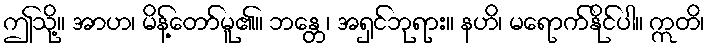
ဤသို့။ အာဟ၊ မိန့်တော်မူ၏။ ဘန္တေ၊ အရှင်ဘုရား။ နဟိ၊ မရောက်နိုင်ပါ။ ဣတိ၊